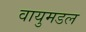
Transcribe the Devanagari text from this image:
वायुमडल